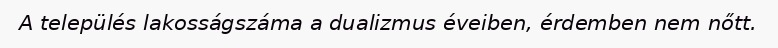
A település lakosságszáma a dualizmus éveiben, érdemben nem nőtt.